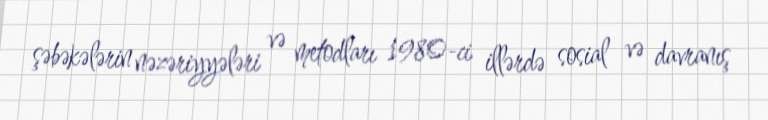
şəbəkələrin nəzəriyyələri və metodları 1980-ci illərdə sosial və davranış